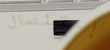
إستئصال